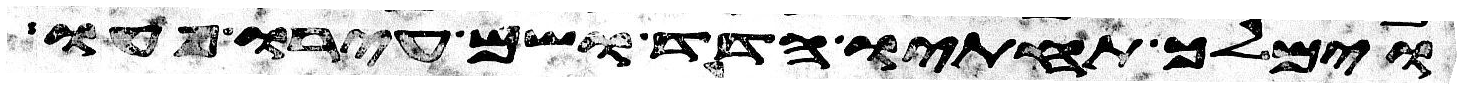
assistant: וימלך תחתיו הדד ושם עירו פעו